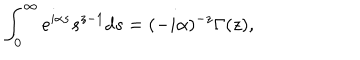
LaTeX: \int _ { 0 } ^ { \infty } e ^ { i \alpha s } s ^ { z - 1 } d s = ( - i \alpha ) ^ { - z } \Gamma ( z ) ,